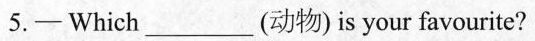
5.-Which___(动物) is your favourite?